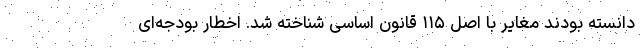
دانسته بودند مغایر با اصل ۱۱۵ قانون اساسی شناخته شد. اخطار بودجه‌ای